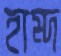
হাম্দ